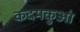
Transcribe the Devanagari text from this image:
कदमकुआं